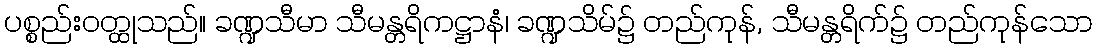
ပစ္စည်းဝတ္ထုသည်။ ခဏ္ဍသီမာ သီမန္တရိကဋ္ဌာနံ၊ ခဏ္ဍသိမ်၌ တည်ကုန်, သီမန္တရိက်၌ တည်ကုန်သော